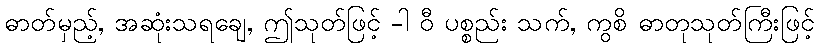
ဓာတ်မှည့်, အဆုံးသရချေ, ဤသုတ်ဖြင့် -ါ ဝီ ပစ္စည်း သက်, ကွစိ ဓာတုသုတ်ကြီးဖြင့်